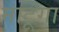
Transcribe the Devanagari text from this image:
माटूंगा